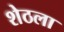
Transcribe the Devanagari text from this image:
शेठला